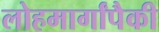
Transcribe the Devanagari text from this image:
लोहमार्गांपैकी